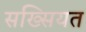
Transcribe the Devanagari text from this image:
सख्सियत